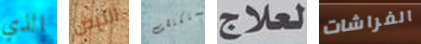
الذي النبض ستكتشف لعلاج الفراشات